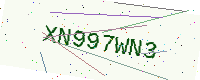
Text: XN997WN3